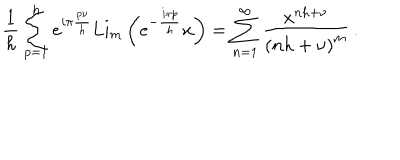
\frac { 1 } { h } \sum _ { p = 1 } ^ { h } e ^ { i \pi \frac { p \nu } { h } } \mathrm { L i } _ { m } \left( e ^ { - \frac { i \pi p } { h } } x \right) = \sum _ { n = 1 } ^ { \infty } \frac { x ^ { n h + \nu } } { \left( n h + \nu \right) ^ { m } } \, .